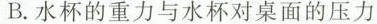
B. 水杯的重力与水杯对桌面的压力